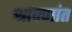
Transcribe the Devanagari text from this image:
श्रावणांत